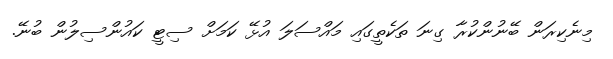
މިނެކިރަން ބޭނުންކުރާ ގިނަ ތަކެތީގައި މައްސަލަ އުޅޭ ކަމަށް ސިޓީ ކައުންސިލުން ބުނޭ.